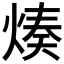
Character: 𤋷